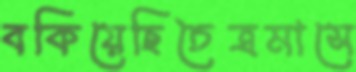
বকিয়েছিচৈত্রমাসে